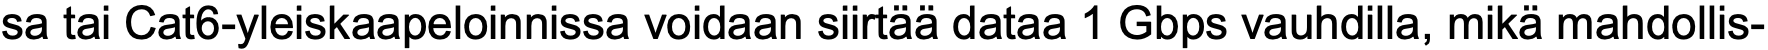
sa tai Cat6-yleiskaapeloinnissa voidaan siirtää dataa 1 Gbps vauhdilla, mikä mahdollis-